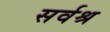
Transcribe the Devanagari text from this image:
सर्वश्र